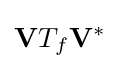
\mathbf {V} T_{f}\mathbf {V} ^{*}